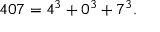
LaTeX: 4 0 7 = 4 ^ { 3 } + 0 ^ { 3 } + 7 ^ { 3 } .